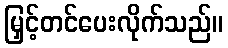
မြှင့်တင်ပေးလိုက်သည်။